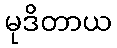
မုဒိတာယ